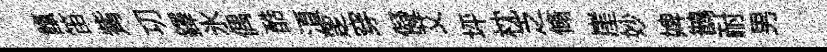
餼笛觜㓛鐸氷偶酷湏覂穿儗艾坪枕乏翛崖妙婢鵲耐男